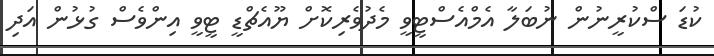
ކުޑަ ސްކުރީނުން ނުބަލާ އެމްއެސްޓީވީ މެދުވެރިކޮށް ޔޫއެޗްޑީ ޓީވީ އިންވެސް ގުޅުން އަދި